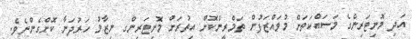
އަދި މޮނިޓަރިންގެ މަސައްކަތަށް މުވައްޒަފުން ތަމްރީންކޮށް އިތުރަށް މޮނިޓަރިންގ ނިޒާމް ހަރުދަނާ ކޮށްގެންނެވެ.